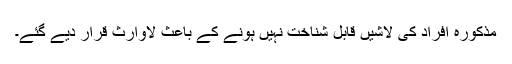
مذکورہ افراد کی لاشیں قابل شناخت نہیں ہونے کے باعث لاوارث قرار دیے گئے۔